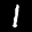
Label: 1